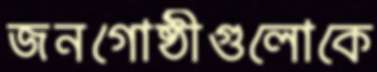
জনগোষ্ঠীগুলোকে